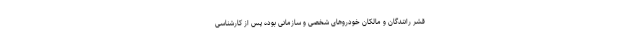
قشر رانندگان و مالکان خودروهای شخصی و سازمانی بوده پس از کارشناسی